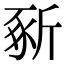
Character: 𣂡